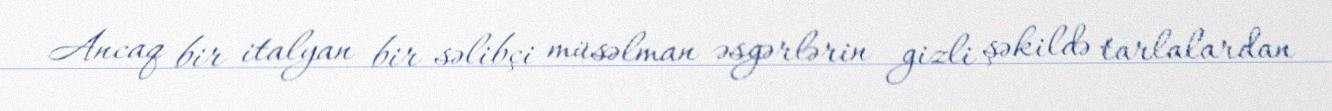
Ancaq bir italyan bir səlibçi müsəlman əsgərlərin gizli şəkildə tarlalardan